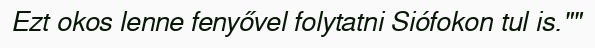
Ezt okos lenne fenyővel folytatni Siófokon tul is.""